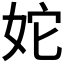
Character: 𡛥